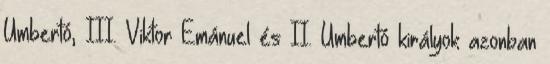
Umbertó, III. Viktor Emánuel és II. Umbertó királyok azonban